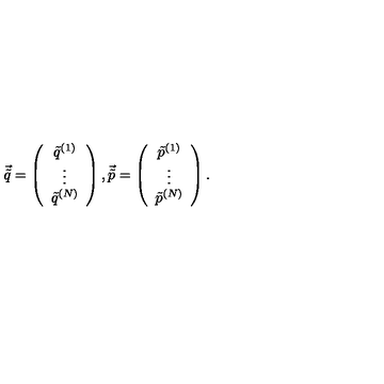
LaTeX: \vec { \tilde { q } } = \left( \begin{array} { c } { \tilde { q } ^ { ( 1 ) } } \\ { \vdots } \\ { \tilde { q } ^ { ( N ) } } \\ \end{array} \right) , \vec { \tilde { p } } = \left( \begin{array} { c } { \tilde { p } ^ { ( 1 ) } } \\ { \vdots } \\ { \tilde { p } ^ { ( N ) } } \\ \end{array} \right) .